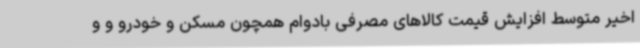
اخیر متوسط افزایش قیمت کالاهای مصرفی بادوام همچون مسکن و خودرو و و